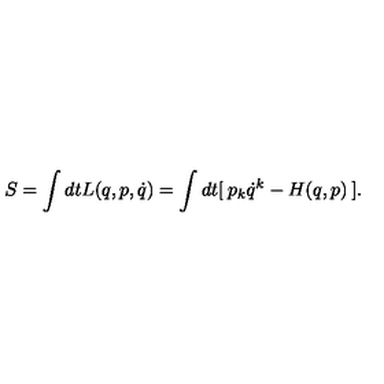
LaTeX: S = \int d t L ( q , p , \dot { q } ) = \int d t [ \: p _ { k } \dot { q } ^ { k } - H ( q , p ) \: ] .